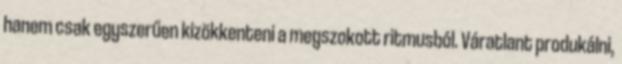
hanem csak egyszerűen kizökkenteni a megszokott ritmusból. Váratlant produkálni,